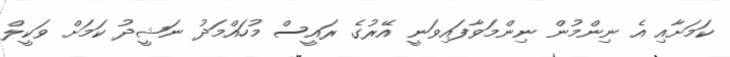
ކަމަށާއި އެ ނިންމުން ނިންމަވާފައިވަނީ އޭރުގެ ރައީސް މުހައްމަދު ނަޝީދު ކަމަށް ވަކީލް